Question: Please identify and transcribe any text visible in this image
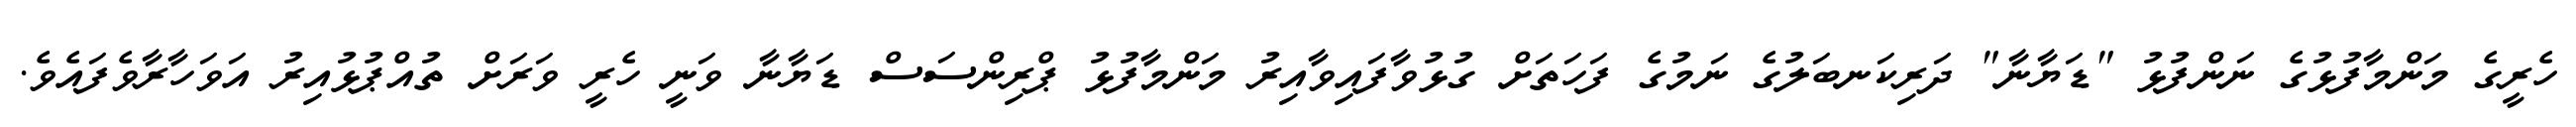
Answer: ހެރީގެ މަންމާފުޅުގެ ނަންފުޅު "ޑަޔާނާ" ދަރިކަނބަލުގެ ނަމުގެ ފަހަތަށް ގުޅުވާފައިވާއިރު މަންމާފުޅު ޕްރިންސަސް ޑަޔާނާ ވަނީ ހެރީ ވަރަށް ތުއްޕުޅުއިރު އަވަހާރާވެފައެވެ.